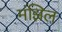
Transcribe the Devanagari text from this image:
मंझिल